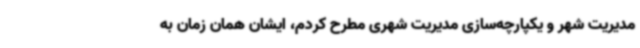
مدیریت شهر و یکپارچه‌سازی مدیریت شهری مطرح کردم، ایشان همان زمان به